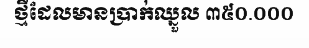
ថ្មីដែលមានប្រាក់ឈ្នួល ៣៥០.០០០